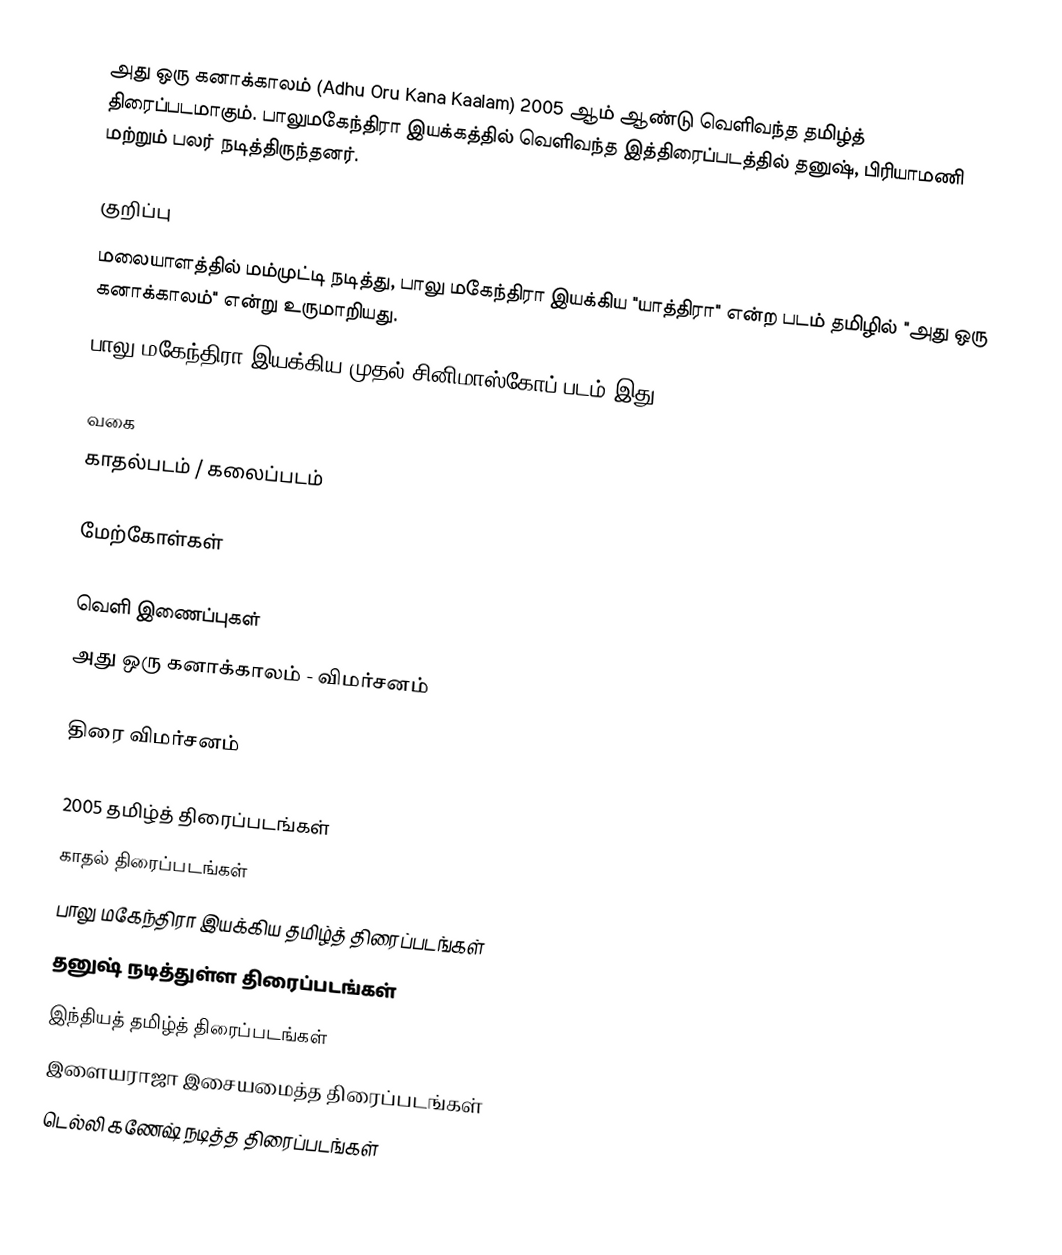
அது ஒரு கனாக்காலம் (Adhu Oru Kana Kaalam)  2005 ஆம் ஆண்டு வெளிவந்த தமிழ்த் திரைப்படமாகும். பாலுமகேந்திரா இயக்கத்தில்  வெளிவந்த இத்திரைப்படத்தில் தனுஷ், பிரியாமணி மற்றும் பலர் நடித்திருந்தனர்.

குறிப்பு
 மலையாளத்தில் மம்முட்டி நடித்து, பாலு மகேந்திரா இயக்கிய "யாத்திரா" என்ற படம் தமிழில் "அது ஒரு கனாக்காலம்" என்று உருமாறியது.
 பாலு மகேந்திரா இயக்கிய முதல் சினிமாஸ்கோப் படம் இது.

வகை
காதல்படம் / கலைப்படம்

மேற்கோள்கள்

வெளி இணைப்புகள்
 அது ஒரு கனாக்காலம் - விமர்சனம்

திரை விமர்சனம்

2005 தமிழ்த் திரைப்படங்கள்
காதல் திரைப்படங்கள்
பாலு மகேந்திரா இயக்கிய தமிழ்த் திரைப்படங்கள்
தனுஷ் நடித்துள்ள திரைப்படங்கள்
இந்தியத் தமிழ்த் திரைப்படங்கள்
இளையராஜா இசையமைத்த திரைப்படங்கள்
டெல்லி கணேஷ் நடித்த திரைப்படங்கள்